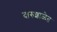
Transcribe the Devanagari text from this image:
दारुशाळेत